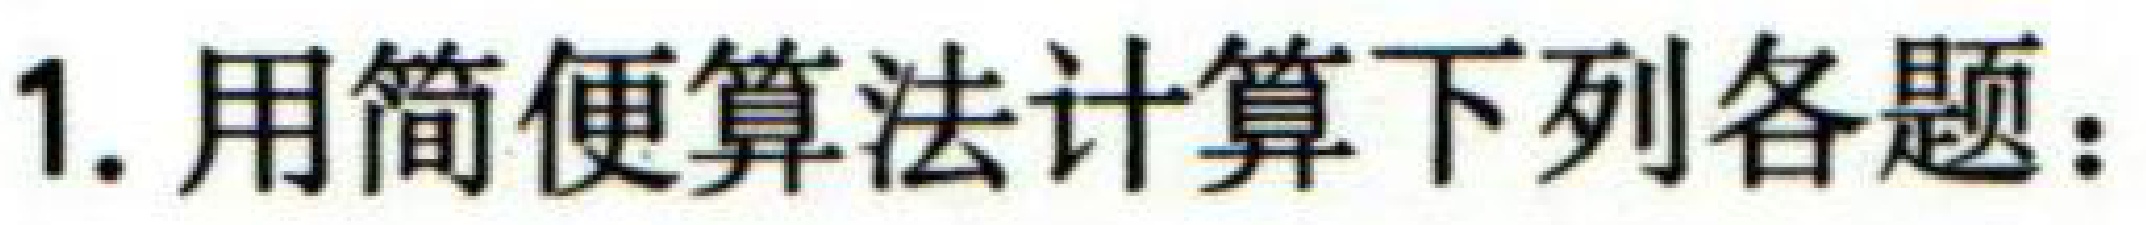
1. 用简便算法计算下列各题：